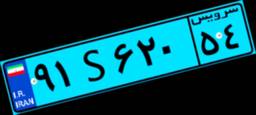
۴۰S۰۳۲۵۴